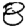
Digit: 8